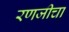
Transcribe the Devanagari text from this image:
रणजीचा